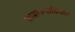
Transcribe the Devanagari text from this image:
साम्राज्याधिपति